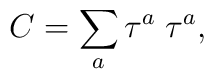
C=\sum_{a} \tau^{a}\;\tau^{a},